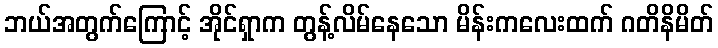
ဘယ်အတွက်ကြောင့် အိုင်ရှာက တွန့်လိမ်နေသော မိန်းကလေးထက် ဂတိနိမိတ်